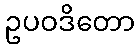
ဥပဝဒိတော